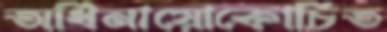
অধিনায়োকোচিত